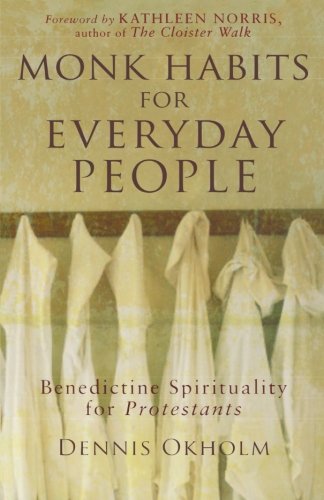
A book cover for Monk Habits for Everyday People: Benedictine Spirituality for Protestants; Dennis Okholm; Christian Books & Bibles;